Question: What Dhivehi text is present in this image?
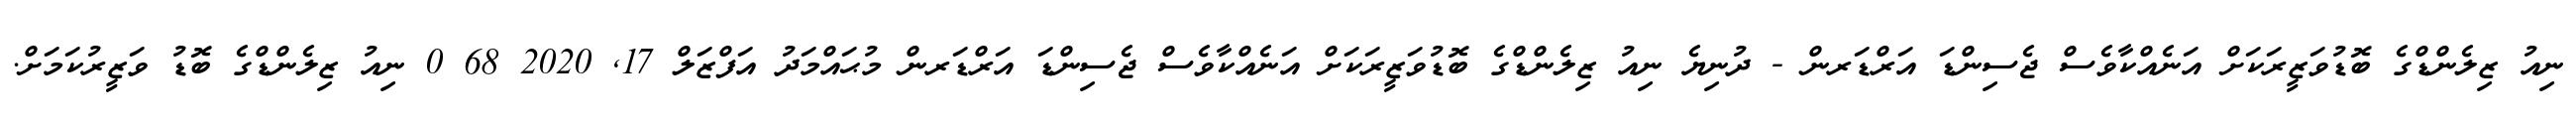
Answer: ނިއު ޒިލެންޑްގެ ބޮޑުވަޒީރަކަށް އަނެއްކާވެސް ޖެސިންޑަ އަރްޑަރން - ދުނިޔެ ނިއު ޒިލެންޑްގެ ބޮޑުވަޒީރަކަށް އަނެއްކާވެސް ޖެސިންޑަ އަރްޑަރން މުޙައްމަދު އަފްޒަލް 17, 2020 68 0 ނިއު ޒިލެންޑްގެ ބޮޑު ވަޒީރުކަމަށް.